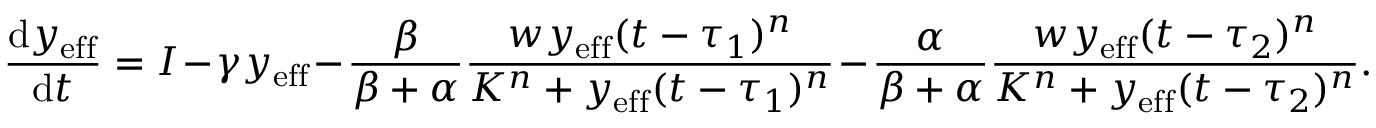
\frac { \mathrm { d } y _ { \mathrm { { e f f } } } } { \mathrm { d } t } = I - \gamma y _ { \mathrm { { e f f } } } - \frac { \beta } { \beta + \alpha } \frac { w y _ { \mathrm { { e f f } } } ( t - \tau _ { 1 } ) ^ { n } } { K ^ { n } + y _ { \mathrm { { e f f } } } ( t - \tau _ { 1 } ) ^ { n } } - \frac { \alpha } { \beta + \alpha } \frac { w y _ { \mathrm { { e f f } } } ( t - \tau _ { 2 } ) ^ { n } } { K ^ { n } + y _ { \mathrm { { e f f } } } ( t - \tau _ { 2 } ) ^ { n } } .